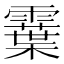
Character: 𩆏